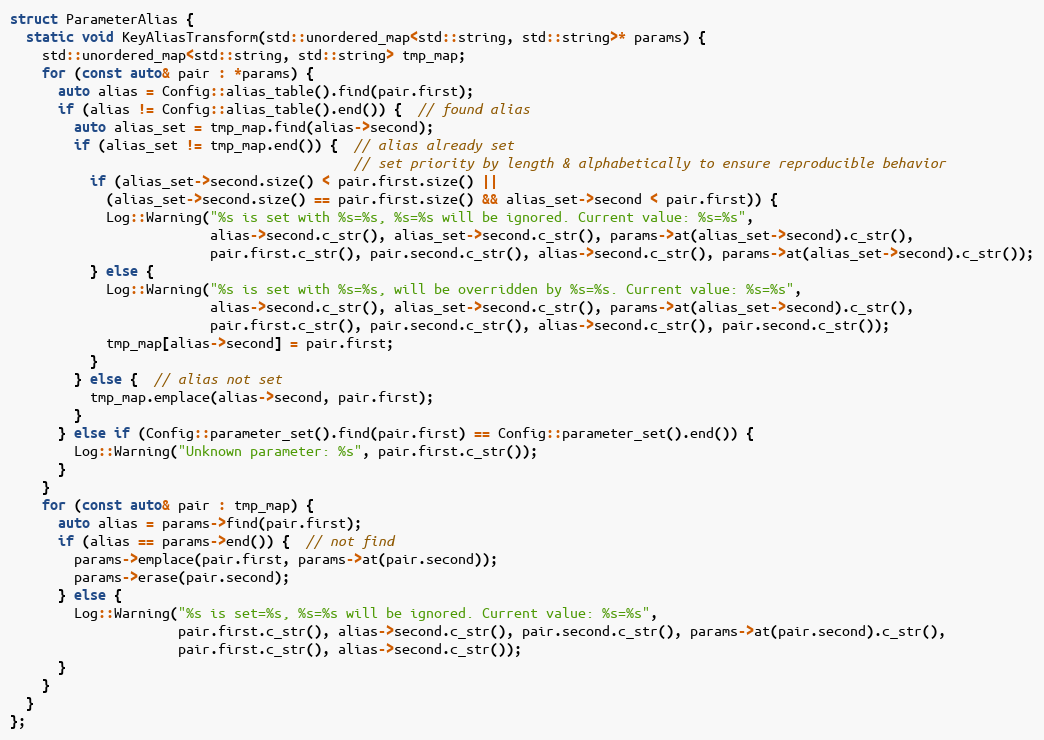
Language: C
struct ParameterAlias {
  static void KeyAliasTransform(std::unordered_map<std::string, std::string>* params) {
    std::unordered_map<std::string, std::string> tmp_map;
    for (const auto& pair : *params) {
      auto alias = Config::alias_table().find(pair.first);
      if (alias != Config::alias_table().end()) {  // found alias
        auto alias_set = tmp_map.find(alias->second);
        if (alias_set != tmp_map.end()) {  // alias already set
                                           // set priority by length & alphabetically to ensure reproducible behavior
          if (alias_set->second.size() < pair.first.size() ||
            (alias_set->second.size() == pair.first.size() && alias_set->second < pair.first)) {
            Log::Warning("%s is set with %s=%s, %s=%s will be ignored. Current value: %s=%s",
                         alias->second.c_str(), alias_set->second.c_str(), params->at(alias_set->second).c_str(),
                         pair.first.c_str(), pair.second.c_str(), alias->second.c_str(), params->at(alias_set->second).c_str());
          } else {
            Log::Warning("%s is set with %s=%s, will be overridden by %s=%s. Current value: %s=%s",
                         alias->second.c_str(), alias_set->second.c_str(), params->at(alias_set->second).c_str(),
                         pair.first.c_str(), pair.second.c_str(), alias->second.c_str(), pair.second.c_str());
            tmp_map[alias->second] = pair.first;
          }
        } else {  // alias not set
          tmp_map.emplace(alias->second, pair.first);
        }
      } else if (Config::parameter_set().find(pair.first) == Config::parameter_set().end()) {
        Log::Warning("Unknown parameter: %s", pair.first.c_str());
      }
    }
    for (const auto& pair : tmp_map) {
      auto alias = params->find(pair.first);
      if (alias == params->end()) {  // not find
        params->emplace(pair.first, params->at(pair.second));
        params->erase(pair.second);
      } else {
        Log::Warning("%s is set=%s, %s=%s will be ignored. Current value: %s=%s",
                     pair.first.c_str(), alias->second.c_str(), pair.second.c_str(), params->at(pair.second).c_str(),
                     pair.first.c_str(), alias->second.c_str());
      }
    }
  }
};